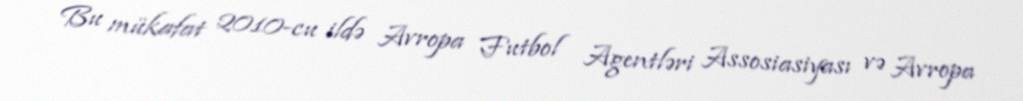
Bu mükafat 2010-cu ildə Avropa Futbol Agentləri Assosiasiyası və Avropa